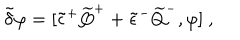
\tilde { \delta } \varphi = [ \tilde { \epsilon } ^ { + } \widetilde { Q } ^ { + } + \tilde { \epsilon } ^ { - } \widetilde { Q } ^ { - } , \varphi ] ~ ,